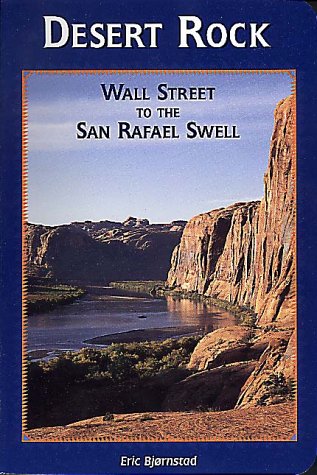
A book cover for Desert Rock: Wall Street to the San Rafael Swell; Eric Bjornstad; Travel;